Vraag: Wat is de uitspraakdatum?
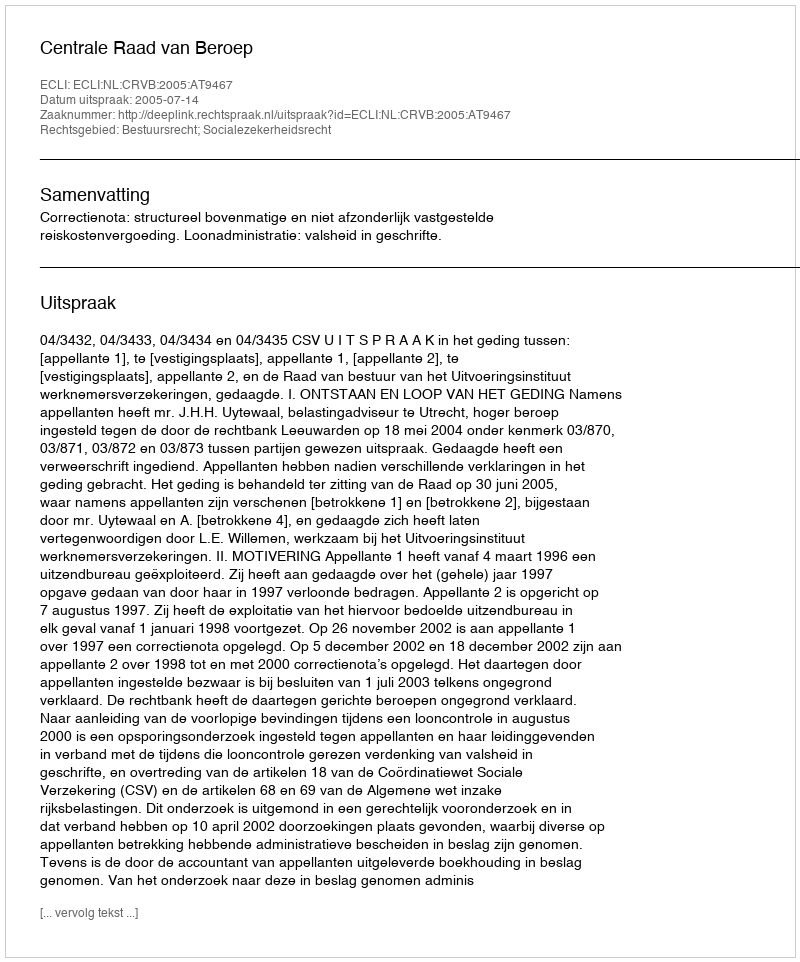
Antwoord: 2005-07-14